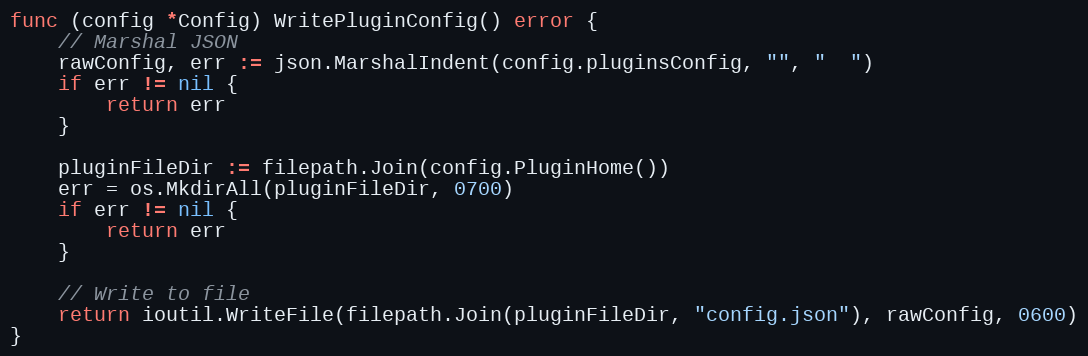
Language: Go
func (config *Config) WritePluginConfig() error {
	// Marshal JSON
	rawConfig, err := json.MarshalIndent(config.pluginsConfig, "", "  ")
	if err != nil {
		return err
	}

	pluginFileDir := filepath.Join(config.PluginHome())
	err = os.MkdirAll(pluginFileDir, 0700)
	if err != nil {
		return err
	}

	// Write to file
	return ioutil.WriteFile(filepath.Join(pluginFileDir, "config.json"), rawConfig, 0600)
}